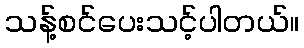
သန့်စင်ပေးသင့်ပါတယ်။